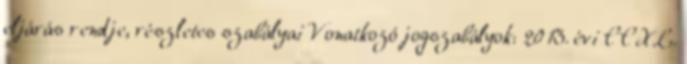
eljárás rendje, részletes szabályai Vonatkozó jogszabályok: 2013. évi CCXL.